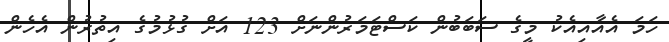
ހަމަ އެއާއިއެކު މީގެ ސަބަބުން ކަސްޓަމަރުންނަށް 123 އަށް ގުޅުމުގެ އިތުރުން އެހެން